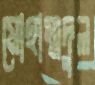
মোহাম্মদুল